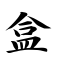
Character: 盒